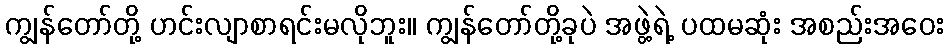
ကျွန်တော်တို့ ဟင်းလျာစာရင်းမလိုဘူး။ ကျွန်တော်တို့ခုပဲ အဖွဲ့ရဲ့ ပထမဆုံး အစည်းအဝေး